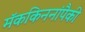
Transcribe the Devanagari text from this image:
मॅककिननांपैकी